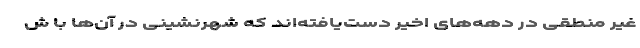
غیر منطقی در دهه‌های اخیر دست‌یافته‌اند که شهرنشینی در آن‌ها با ش